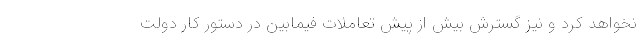
نخواهد کرد و نیز گسترش بیش از پیش تعاملات فیمابین در دستور کار دولت